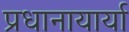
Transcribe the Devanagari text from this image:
प्रधानायार्या